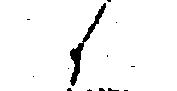
候